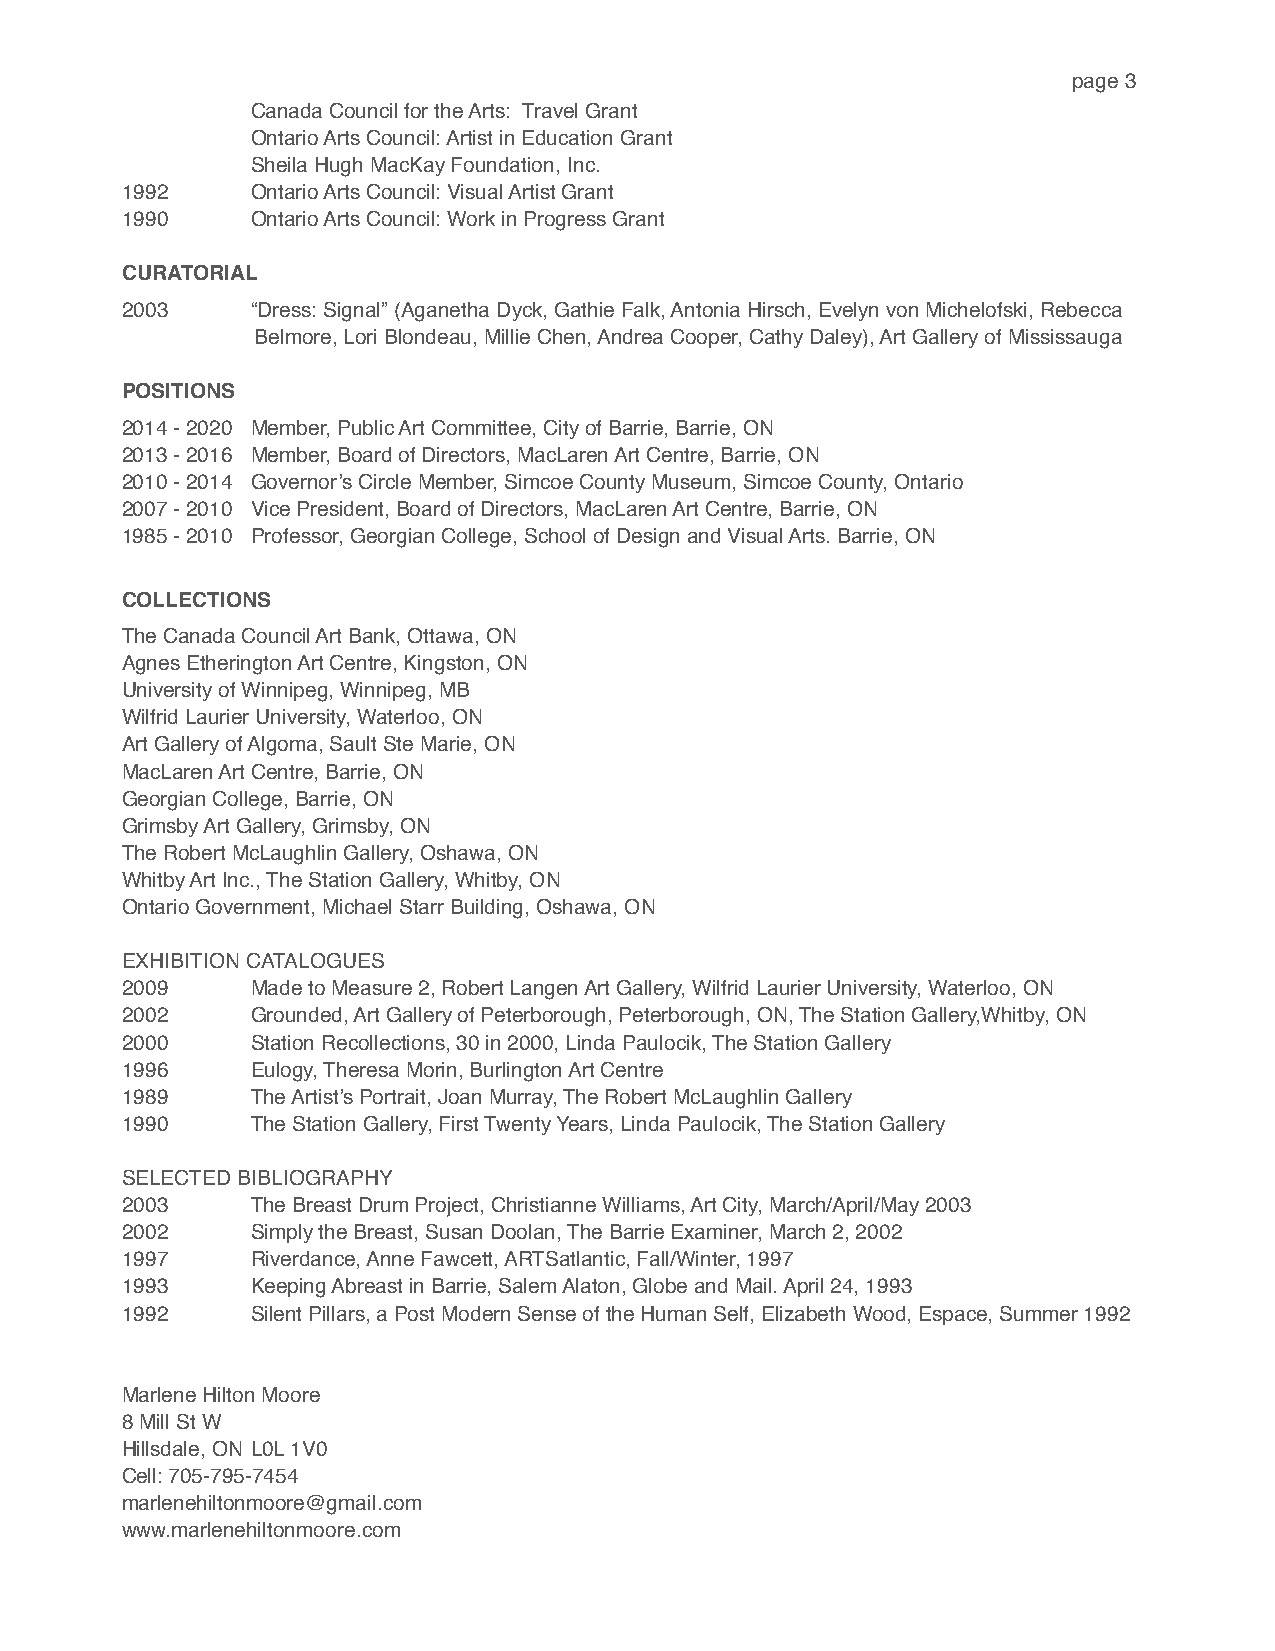
page 3
 Canada Council for the Arts: Travel Grant
 Ontario Arts Council: Artist in Education Grant
 Sheila Hugh MacKay Foundation, Inc.
 1992     Ontario Arts Council: Visual Artist Grant
 1990     Ontario Arts Council: Work in Progress Grant
 CURATORIAL
 2003     “Dress: Signal” (Aganetha Dyck, Gathie Falk, Antonia Hirsch, Evelyn von Michelofski, Rebecca
 Belmore, Lori Blondeau, Millie Chen, Andrea Cooper, Cathy Daley), Art Gallery of Mississauga
 POSITIONS
 2014 - 2020 Member, Public Art Committee, City of Barrie, Barrie, ON
 2013 - 2016 Member, Board of Directors, MacLaren Art Centre, Barrie, ON
 2010 - 2014 Governor’s Circle Member, Simcoe County Museum, Simcoe County, Ontario
 2007 - 2010 Vice President, Board of Directors, MacLaren Art Centre, Barrie, ON
 1985 - 2010 Professor, Georgian College, School of Design and Visual Arts. Barrie, ON
 COLLECTIONS
 The Canada Council Art Bank, Ottawa, ON
 Agnes Etherington Art Centre, Kingston, ON
 University of Winnipeg, Winnipeg, MB
 Wilfrid Laurier University, Waterloo, ON
 Art Gallery of Algoma, Sault Ste Marie, ON
 MacLaren Art Centre, Barrie, ON
 Georgian College, Barrie, ON
 Grimsby Art Gallery, Grimsby, ON
 The Robert McLaughlin Gallery, Oshawa, ON
 Whitby Art Inc., The Station Gallery, Whitby, ON
 Ontario Government, Michael Starr Building, Oshawa, ON
 EXHIBITION CATALOGUES
 2009     Made to Measure 2, Robert Langen Art Gallery, Wilfrid Laurier University, Waterloo, ON
 2002     Grounded, Art Gallery of Peterborough, Peterborough, ON, The Station Gallery,Whitby, ON
 2000     Station Recollections, 30 in 2000, Linda Paulocik, The Station Gallery
 1996     Eulogy, Theresa Morin, Burlington Art Centre
 1989     The Artist’s Portrait, Joan Murray, The Robert McLaughlin Gallery
 1990     The Station Gallery, First Twenty Years, Linda Paulocik, The Station Gallery
 SELECTED BIBLIOGRAPHY
 2003     The Breast Drum Project, Christianne Williams, Art City, March/April/May 2003
 2002     Simply the Breast, Susan Doolan, The Barrie Examiner, March 2, 2002
 1997     Riverdance, Anne Fawcett, ARTSatlantic, Fall/Winter, 1997
 1993     Keeping Abreast in Barrie, Salem Alaton, Globe and Mail. April 24, 1993
 1992     Silent Pillars, a Post Modern Sense of the Human Self, Elizabeth Wood, Espace, Summer 1992
 Marlene Hilton Moore
 8 Mill St W
 Hillsdale, ON L0L 1V0
 Cell: 705-795-7454
 marlenehiltonmoore@gmail.com
 www.marlenehiltonmoore.com